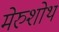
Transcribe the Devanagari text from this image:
मेरुशोथ